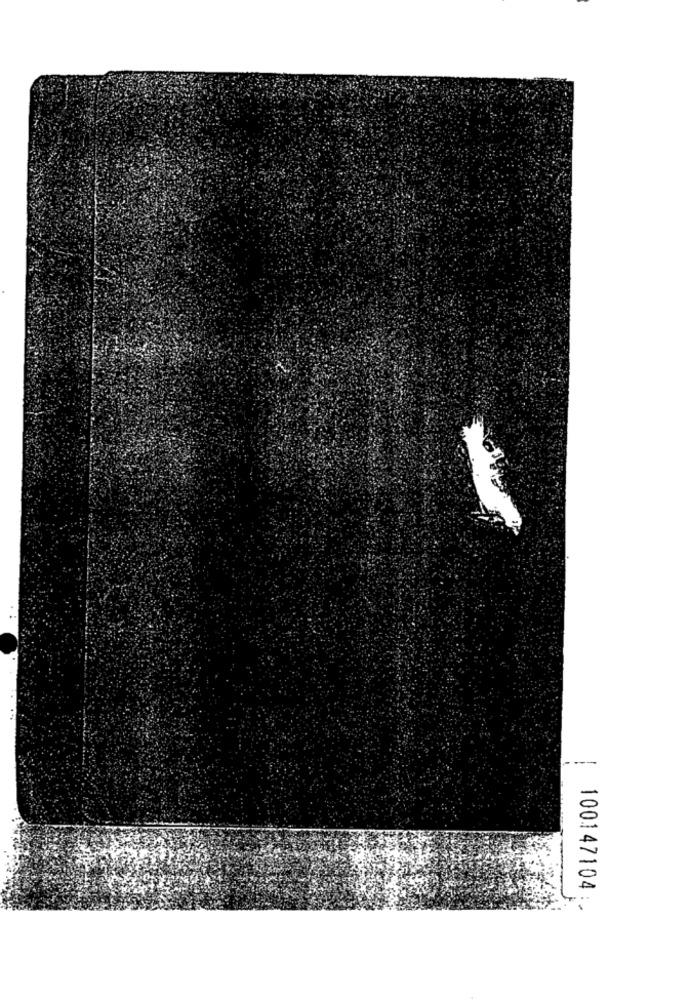
100147104